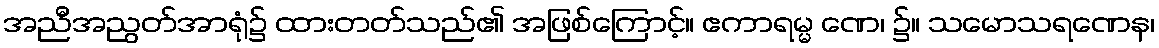
အညီအညွတ်အာရုံ၌ ထားတတ်သည်၏ အဖြစ်ကြောင့်။ ဧကာရမ္မ ဏေ၊ ၌။ သမောသရဏေန၊